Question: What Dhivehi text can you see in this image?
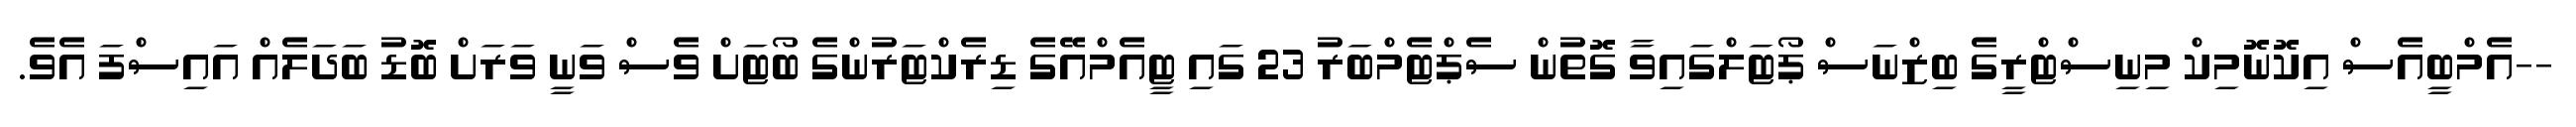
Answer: --އެމްބީއެސް އިކޮނޮމިކް މިނިސްޓްރީގެ ބިޒްނަސް ޕޯޓަލްގައިވާ ގޮތުން ސެޕްޓެމްބަރު 23 ގައި ޓީއެމްއޭގެ ޑިރެކްޓަރުންގެ ބޯޓަށް ވެސް ވަނީ ވަރަށް ބޮޑު ބަދަލެއް އައިސްފަ އެވެ.